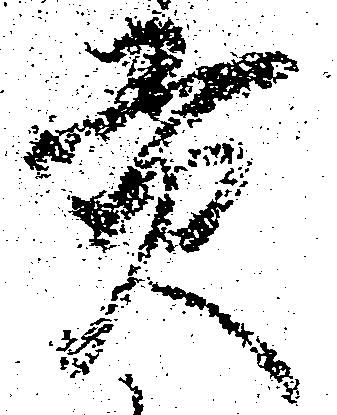
貢